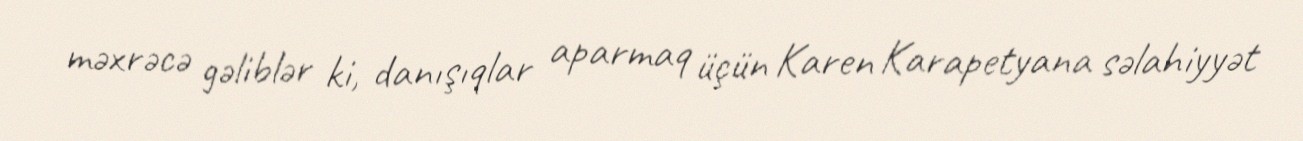
məxrəcə gəliblər ki, danışıqlar aparmaq üçün Karen Karapetyana səlahiyyət